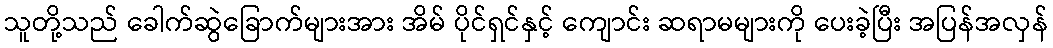
သူတို့သည် ခေါက်ဆွဲခြောက်များအား အိမ် ပိုင်ရှင်နှင့် ကျောင်း ဆရာမများကို ပေးခဲ့ပြီး အပြန်အလှန်